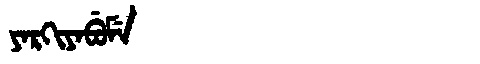
Manchu: ᠶᠠᡵᡴᡳᠶᠠᠪᡠᠮᡝ
Romanization: YARKIYABUME